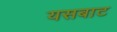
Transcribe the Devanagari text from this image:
यसबाट